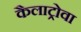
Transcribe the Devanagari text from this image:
कैलाट्रोवा